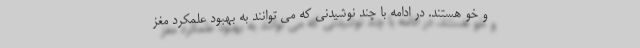
و خو هستند. در ادامه با چند نوشیدنی که می توانند به بهبود علمکرد مغز